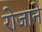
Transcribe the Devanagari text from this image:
रोजाने